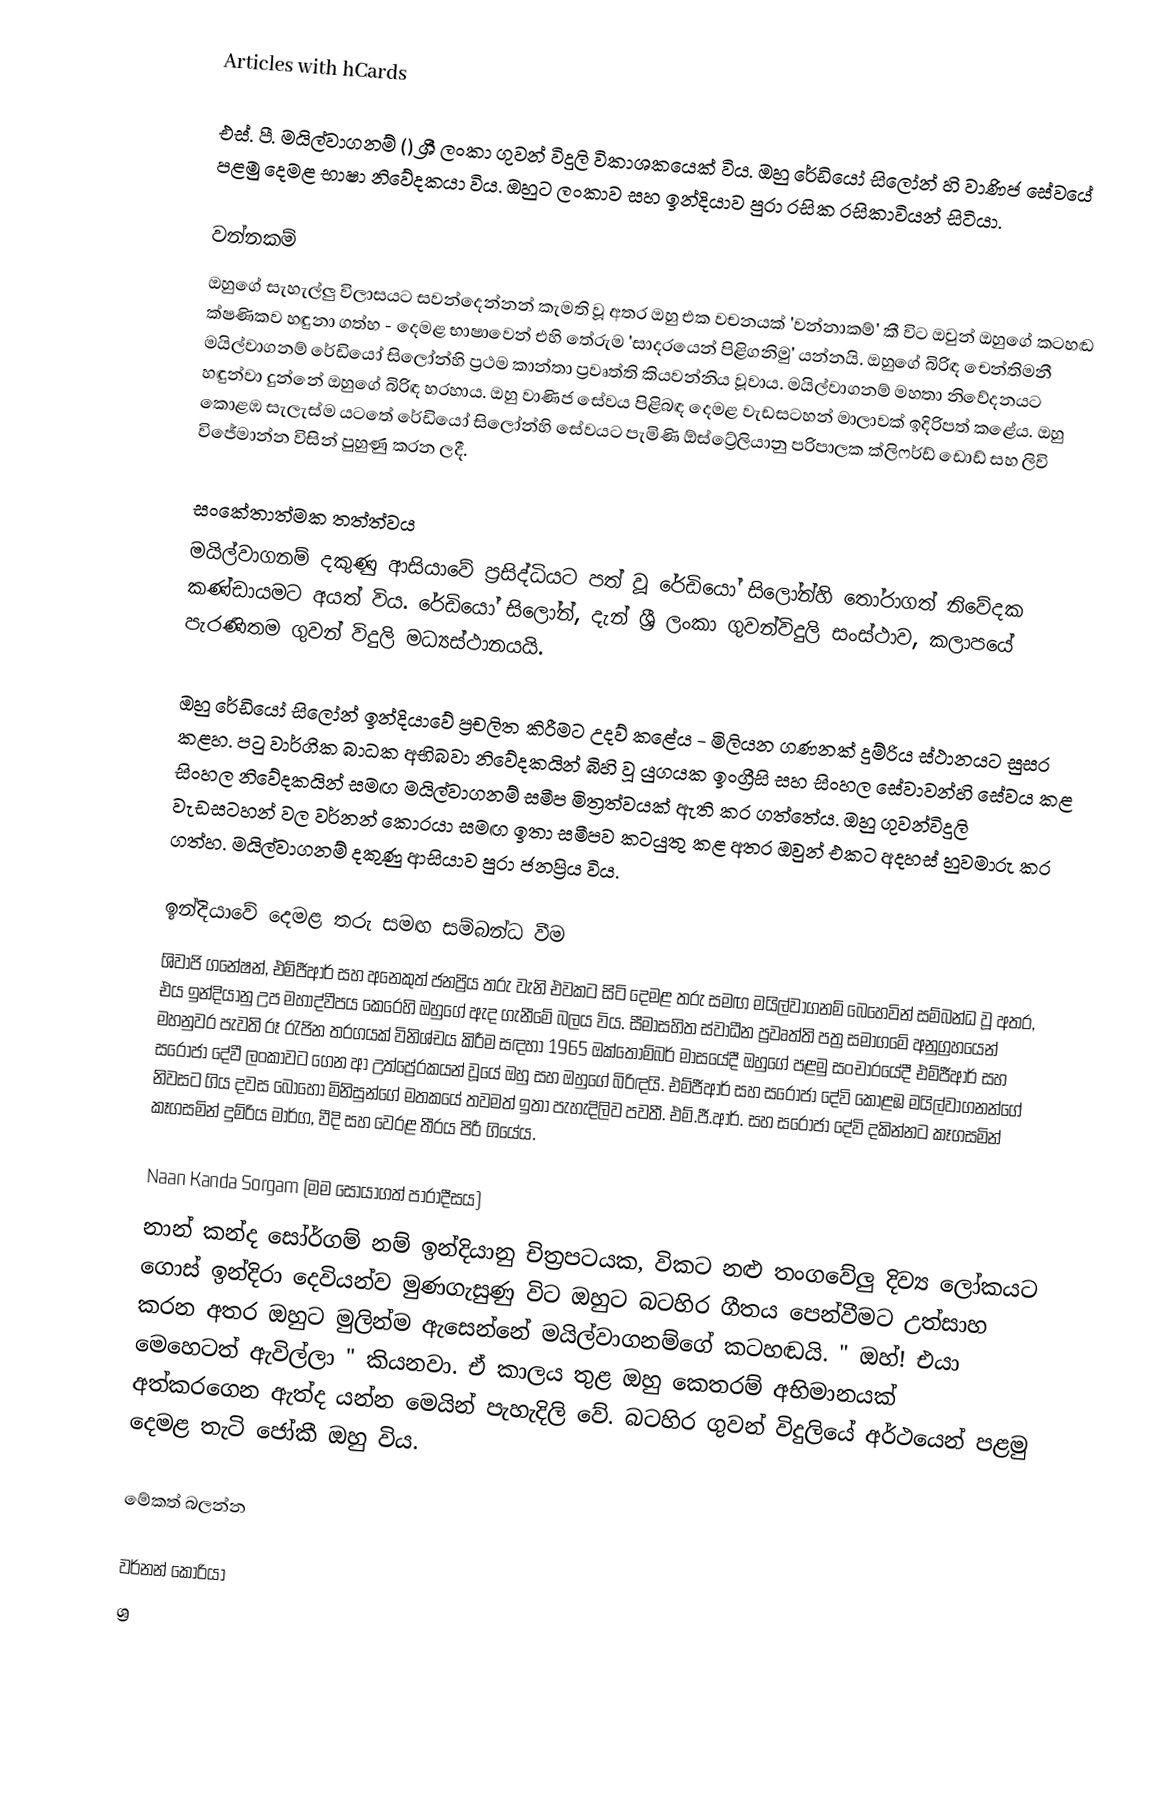
Articles with hCards

එස්. පී. මයිල්වාගනම් () ශ්‍රී ලංකා ගුවන් විදුලි විකාශකයෙක් විය. ඔහු රේඩියෝ සිලෝන් හි වාණිජ සේවයේ පළමු දෙමළ භාෂා නිවේදකයා විය. ඔහුට ලංකාව සහ ඉන්දියාව පුරා රසික රසිකාවියන් සිටියා.

වන්නකම්
ඔහුගේ සැහැල්ලු විලාසයට සවන්දෙන්නන් කැමති වූ අතර ඔහු එක වචනයක් 'වන්නාකම්' කී විට ඔවුන් ඔහුගේ කටහඬ ක්ෂණිකව හඳුනා ගත්හ - දෙමළ භාෂාවෙන් එහි තේරුම 'සාදරයෙන් පිළිගනිමු' යන්නයි. ඔහුගේ බිරිඳ චෙන්තිමනී මයිල්වාගනම් රේඩියෝ සිලෝන්හි ප්‍රථම කාන්තා ප්‍රවෘත්ති කියවන්නිය වූවාය. මයිල්වාගනම් මහතා නිවේදනයට හඳුන්වා දුන්නේ ඔහුගේ බිරිඳ හරහාය. ඔහු වාණිජ සේවය පිළිබඳ දෙමළ වැඩසටහන් මාලාවක් ඉදිරිපත් කළේය. ඔහු කොළඹ සැලැස්ම යටතේ රේඩියෝ සිලෝන්හි සේවයට පැමිණි ඕස්ට්‍රේලියානු පරිපාලක ක්ලිෆර්ඩ් ඩොඩ් සහ ලිවි විජේමාන්න විසින් පුහුණු කරන ලදී.

සංකේතාත්මක තත්ත්වය
මයිල්වාගනම් දකුණු ආසියාවේ ප්‍රසිද්ධියට පත් වූ රේඩියෝ සිලෝන්හි තෝරාගත් නිවේදක කණ්ඩායමට අයත් විය. රේඩියෝ සිලෝන්, දැන් ශ්‍රී ලංකා ගුවන්විදුලි සංස්ථාව, කලාපයේ පැරණිතම ගුවන් විදුලි මධ්‍යස්ථානයයි.

ඔහු රේඩියෝ සිලෝන් ඉන්දියාවේ ප්‍රචලිත කිරීමට උදව් කළේය - මිලියන ගණනක් දුම්රිය ස්ථානයට සුසර කළහ. පටු වාර්ගික බාධක අභිබවා නිවේදකයින් බිහි වූ යුගයක ඉංග්‍රීසි සහ සිංහල සේවාවන්හි සේවය කළ සිංහල නිවේදකයින් සමඟ මයිල්වාගනම් සමීප මිත්‍රත්වයක් ඇති කර ගත්තේය. ඔහු ගුවන්විදුලි වැඩසටහන් වල වර්නන් කොරයා සමඟ ඉතා සමීපව කටයුතු කළ අතර ඔවුන් එකට අදහස් හුවමාරු කර ගත්හ. මයිල්වාගනම් දකුණු ආසියාව පුරා ජනප්‍රිය විය.

ඉන්දියාවේ දෙමළ තරු සමඟ සම්බන්ධ වීම
ශිවාජි ගනේෂන්, එම්ජීආර් සහ අනෙකුත් ජනප්‍රිය තරු වැනි එවකට සිටි දෙමළ තරු සමඟ මයිල්වාගනම් බෙහෙවින් සම්බන්ධ වූ අතර, එය ඉන්දියානු උප මහාද්වීපය කෙරෙහි ඔහුගේ ඇද ගැනීමේ බලය විය. සීමාසහිත ස්වාධීන ප්‍රවෘත්ති පත්‍ර සමාගමේ අනුග්‍රහයෙන් මහනුවර පැවති රූ රැජින තරගයක් විනිශ්චය කිරීම සඳහා 1965 ඔක්තෝම්බර් මාසයේදී ඔහුගේ පළමු සංචාරයේදී එම්ජීආර් සහ සරෝජා දේවී ලංකාවට ගෙන ආ උත්ප්‍රේරකයන් වූයේ ඔහු සහ ඔහුගේ බිරිඳයි. එම්ජීආර් සහ සරෝජා දේවි කොළඹ මයිල්වාගනන්ගේ නිවසට ගිය දවස බොහෝ මිනිසුන්ගේ මතකයේ තවමත් ඉතා පැහැදිලිව පවතී. එම්.ජී.ආර්. සහ සරෝජා දේවි දකින්නට කෑගසමින් කෑගසමින් දුම්රිය මාර්ග, වීදි සහ වෙරළ තීරය පිරී ගියේය.

Naan Kanda Sorgam (මම සොයාගත් පාරාදීසය)
නාන් කන්ද සෝර්ගම් නම් ඉන්දියානු චිත්‍රපටයක, විකට නළු තංගවේලු දිව්‍ය ලෝකයට ගොස් ඉන්දිරා දෙවියන්ව මුණගැසුණු විට ඔහුට බටහිර ගීතය පෙන්වීමට උත්සාහ කරන අතර ඔහුට මුලින්ම ඇසෙන්නේ මයිල්වාගනම්ගේ කටහඬයි. " ඔහ්! එයා මෙහෙටත් ඇවිල්ලා " කියනවා. ඒ කාලය තුළ ඔහු කෙතරම් අභිමානයක් අත්කරගෙන ඇත්ද යන්න මෙයින් පැහැදිලි වේ. බටහිර ගුවන් විදුලියේ අර්ථයෙන් පළමු දෙමළ තැටි ජෝකී ඔහු විය.

මේකත් බලන්න

 වර්නන් කොරියා
 ශ්‍ර